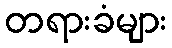
တရားခံများ